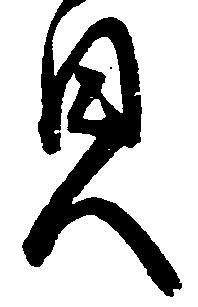
貝